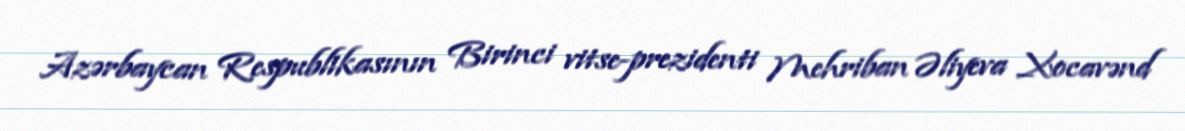
Azərbaycan Respublikasının Birinci vitse-prezidenti Mehriban Əliyeva Xocavənd